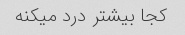
کجا بیشتر درد میکنه